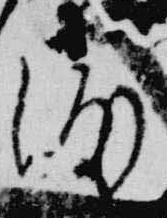
渡